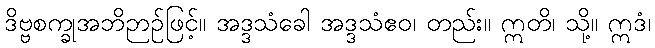
ဒိဗ္ဗစက္ခုအဘိဉာဉ်ဖြင့်။ အဒ္ဒသံခေါ အဒ္ဒသံဧဝ၊ တည်း။ ဣတိ၊ သို့။ ဣဒံ၊